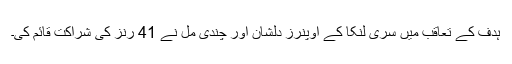
ہدف کے تعاقب میں سری لنکا کے اوپنرز دلشان اور چندی مل نے 41 رنز کی شراکت قائم کی۔